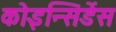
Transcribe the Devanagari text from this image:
कोइन्सिडेंस